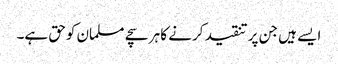
ایسے ہیں جن پر تنقید کرنے کا ہر سچے مسلمان کوحق ہے۔